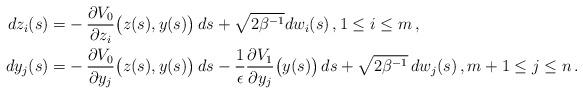
LaTeX: \begin{align*} dz_i(s) =& -\frac{\partial V_0}{\partial z_i}\big(z(s), y(s)\big)\,ds + \sqrt{2\beta^{-1}} dw_i(s)\,,1 \le i \le m\,, \\ dy_j(s) =& -\frac{\partial V_0}{\partial y_j}\big(z(s), y(s)\big)\,ds -\frac{1}{\epsilon}\frac{\partial V_1}{\partial y_j}\big(y(s)\big)\,ds + \sqrt{2\beta^{-1}}\,dw_j(s)\,,m+1 \le j \le n \,. \end{align*}